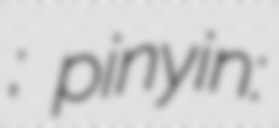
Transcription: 新華; pinyin: